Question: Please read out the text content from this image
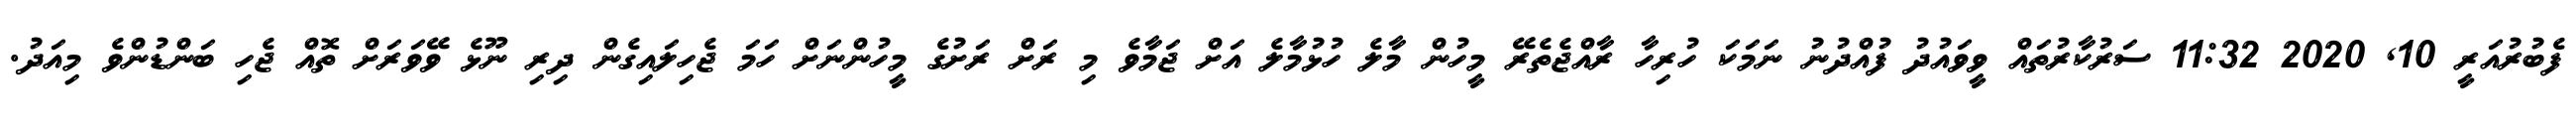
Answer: ފެބުރުއަރީ 10, 2020 11:32 ސަރުކާރުތައް ވީވައުދު ފުއްދުނު ނަމަކަ ހުރިހާ ރާއްޖެތެރޭ މީހުން މާލެ ހުޅުމާލެ އަށް ޖަމާވެ މި ރަށް ރަށުގެ މީހުންނަށް ހަމަ ޖެހިލައިގެން ދިރި ނޫޅެ ވޭވަރަށް ތޮއް ޖެހި ބަންޑުންވެ މިއަދު.